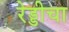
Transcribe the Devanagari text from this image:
रेड्डीचा